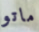
ماتو